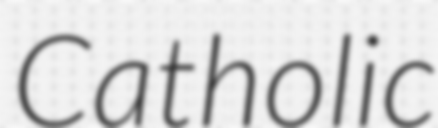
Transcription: Catholic